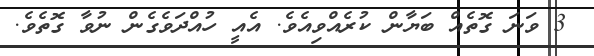
3 ވަނަ ގޮތެއް ބަޔާން ކުރެއްވިއެވެ. އެއީ ހުއްދަވެގެން ނުވާ ގޮތެވެ.